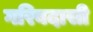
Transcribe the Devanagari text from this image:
गरिबदासी